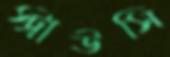
স্ট্রাউসি